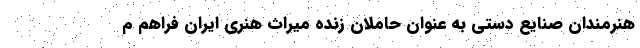
هنرمندان صنایع دستی به عنوان حاملان زنده میراث هنری ایران فراهم م